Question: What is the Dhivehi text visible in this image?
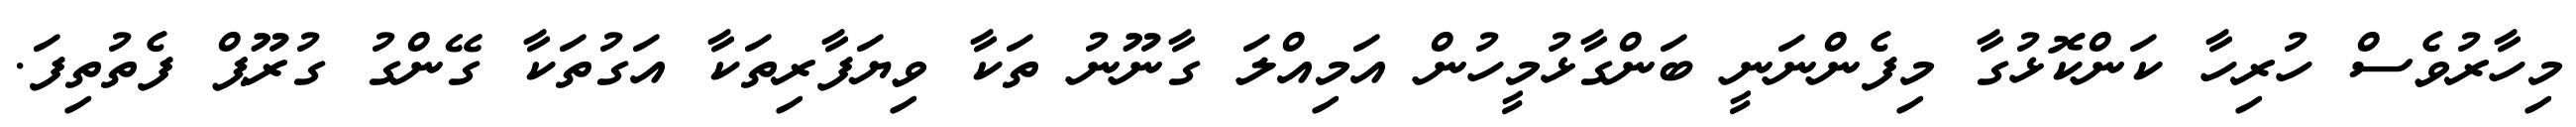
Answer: މިހާރުވެސް ހުރިހާ ކަންކޮޅުގާ މިފެންނަނީ ބަންގާޅުމީހުން އަމިއްލަ ގާނޫނު ތަކާ ވިޔަފާރިތަކާ އަގުތަކާ ގޭންގު ގުރޫޕް ފެތުތިފަ.